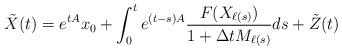
LaTeX: \begin{align*}\tilde{X}(t)=e^{tA}x_0+\int_{0}^{t}e^{(t-s)A}\frac{F(X_{\ell(s)})}{1+\Delta tM_{\ell(s)}}ds+\tilde{Z}(t)\end{align*}